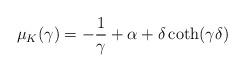
LaTeX: \begin{align*}\mu_K(\gamma)= -\frac{1}{\gamma}+\alpha +{\delta}\,{\rm coth}({\gamma\delta})\end{align*}